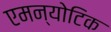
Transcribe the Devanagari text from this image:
एमन्योटिक